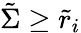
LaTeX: \tilde{\Sigma}\geq\tilde{r}_{i}